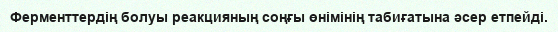
Ферменттердің болуы реакцияның соңғы өнімінің табиғатына әсер етпейді.